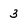
Character: 3